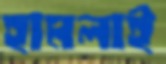
হামলাই